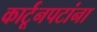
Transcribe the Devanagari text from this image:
कार्टूनपटांना